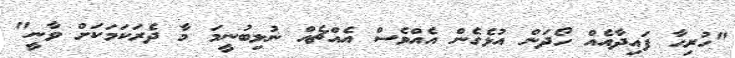
"ހުރިހާ ފައިދާއެއް ހޯދަން އުޅެގެން އެއްވެސް އެއްޗެއް ނުލިބުނީމަ މާ ދެރަކަމަކަށް ވާނީ"